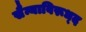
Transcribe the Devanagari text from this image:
सैन्याविरूध्द